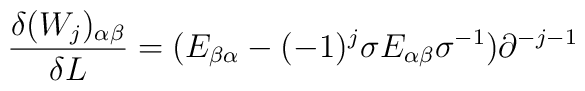
\frac{\delta (W_j)_{\alpha \beta }}{\delta L}=(E_{\beta \alpha}-(-1)^j\sigma E_{\alpha \beta }\sigma ^{-1} )\partial ^{-j-1}